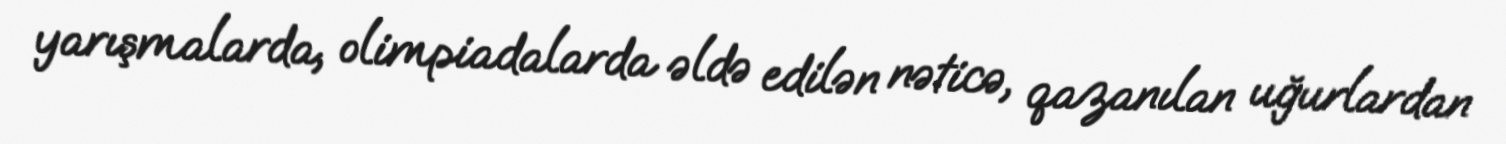
yarışmalarda, olimpiadalarda əldə edilən nəticə, qazanılan uğurlardan